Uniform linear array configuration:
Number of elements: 48
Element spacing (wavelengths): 0.25
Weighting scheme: binomial
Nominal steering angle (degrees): -45
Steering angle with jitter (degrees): -44.902
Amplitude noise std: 0.05
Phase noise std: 0.05

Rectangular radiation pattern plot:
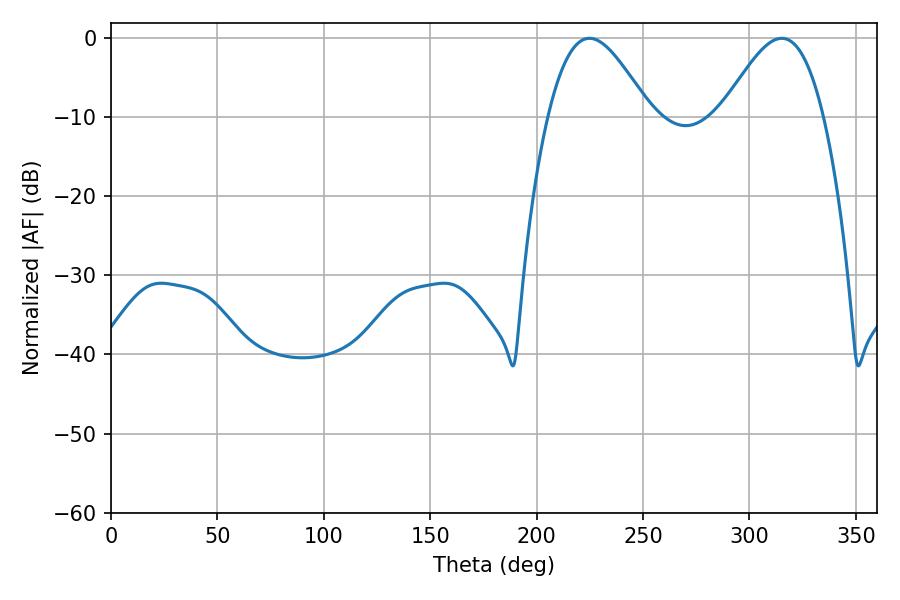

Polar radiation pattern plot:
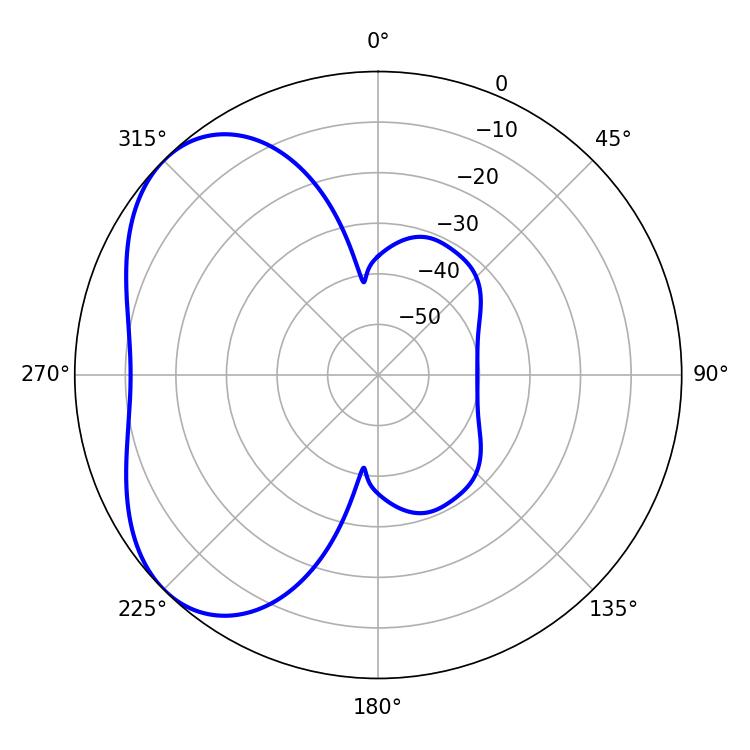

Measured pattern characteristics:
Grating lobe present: FALSE
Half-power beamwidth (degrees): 25.74
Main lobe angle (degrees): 224.82